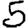
Digit: 5